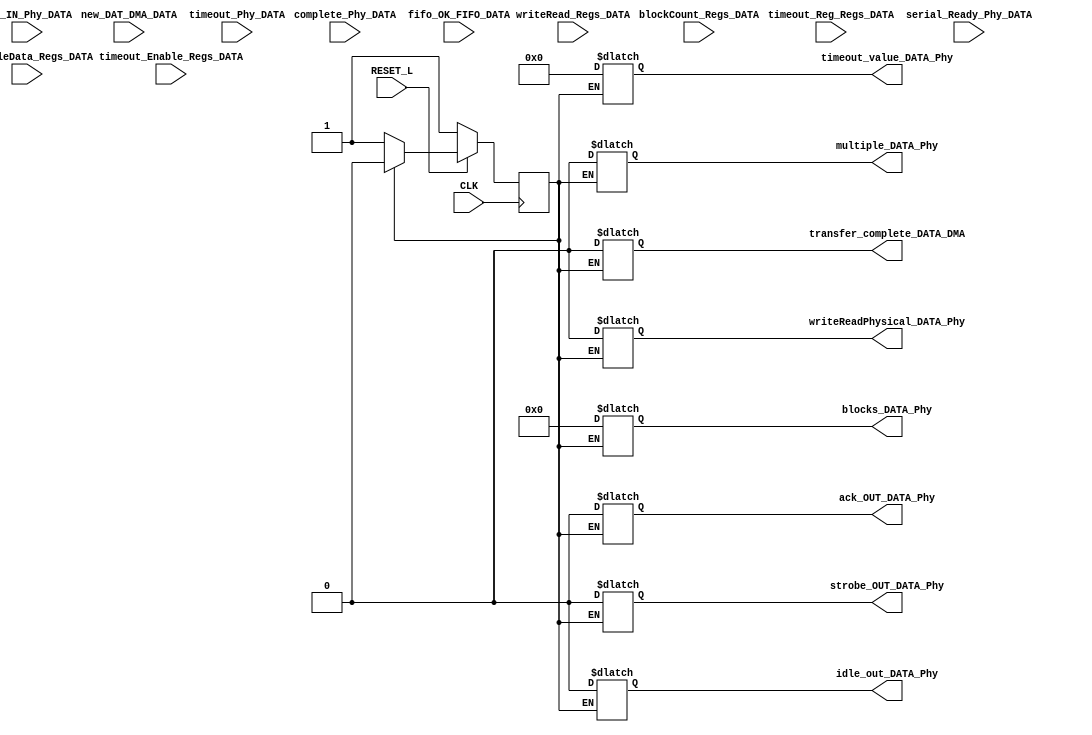
//-----------------------------------------------------
// Proyecto 1  : DISEO DE UN CONTROLADOR DE SD HOST
// Archivo     : DATA.v
// Descripcion : Control de datos del SD Host 
//  La funcin de este bloque es servir de interface entre los registros
//  la interfaz de DMA, y la capa fsica donde se pasan las tramas de bits
//  directamente.
//
// Grupo 02
// Estudiante  : Mario Castresana Avendao | A41267
//-----------------------------------------------------

/* PINOUT del mdulo*

Para nombrar seales se usa la convencin seal_procedencia_destino
_____________________________________________________________________________________
Nombre de Seal        : Entradas : Salidas : procedencia : destino

CLK                           x        -         Host          DATA
RESET_L                       x        -         Host          DATA
writeRead_Regs_DATA           x        -         Regs          DATA
blockCount_Regs_DATA [3:0]    x        -         Regs          DATA
multipleData_Regs_DATA        x        -         Regs          DATA        
timeout_Enable_Regs_DATA      x        -         Regs          DATA 
timeout_Reg_Regs_DATA [15:0]  x        -         Regs          DATA 
new_DAT_DMA_DATA              x        -         DMA           DATA 
serial_Ready_Phy_DATA         x        -         DATA_PHYSICAL DATA 
timeout_Phy_DATA              x        -         DATA_PHYSICAL DATA 
complete_Phy_DATA             x        -         DATA_PHYSICAL DATA 
ack_IN_Phy_DATA               x        -         DATA_PHYSICAL DATA 
fifo_OK_FIFO_DATA             x        -         FIFO          DATA 
transfer_complete_DATA_DMA    -        x         DATA          DMA 
strobe_OUT_DATA_Phy           -        x         DATA          DATA_PHYSICAL     
ack_OUT_DATA_Phy              -        x         DATA          DATA_PHYSICAL
blocks_DATA_Phy [3:0]         -        x         DATA          DATA_PHYSICAL
timeout_value_DATA_Phy [15:0] -        x         DATA          DATA_PHYSICAL
writeReadPhysical_DATA_Phy    -        x         DATA          DATA_PHYSICAL
multiple_DATA_Phy             -        x         DATA          DATA_PHYSICAL
idle_out_DATA_Phy             -        x         DATA          DATA_PHYSICAL

---
nota: DATA_PHYSICAL corresponde al mdulo que representa la capa fsica de este SD HOST.
*/

`timescale 1ns / 1ps




module DATA(
    input wire CLK,
    input wire RESET_L,
    input wire writeRead_Regs_DATA,
    input wire [3:0] blockCount_Regs_DATA,
    input wire multipleData_Regs_DATA,
    input wire timeout_Enable_Regs_DATA, 
    input wire [15:0] timeout_Reg_Regs_DATA, 
    input wire new_DAT_DMA_DATA,
    input wire serial_Ready_Phy_DATA, 
    input wire timeout_Phy_DATA, 
    input wire complete_Phy_DATA, 
    input wire ack_IN_Phy_DATA, 
    input wire fifo_OK_FIFO_DATA,
    output reg transfer_complete_DATA_DMA,
    output reg strobe_OUT_DATA_Phy,
    output reg ack_OUT_DATA_Phy,
    output reg [3:0] blocks_DATA_Phy,
    output reg [15:0] timeout_value_DATA_Phy,
    output reg writeReadPhysical_DATA_Phy,
    output reg multiple_DATA_Phy,
    output reg idle_out_DATA_Phy
);


//Definicin y condificacin de estados one-hot
parameter RESET                  = 6'b000001;
parameter IDLE                   = 6'b000010; 
parameter SETTING_OUTPUTS        = 6'b000100;
parameter CHECK_FIFO             = 6'b001000;
parameter TRANSMIT               = 6'b010000;
parameter ACK                    = 6'b100000;

reg STATE;
reg NEXT_STATE;

//NEXT_STATE logic (always_ff)
always @ (posedge CLK)
begin
    if (!RESET_L) 
        begin
        STATE <= RESET;
        end
    else
        begin
            STATE <= NEXT_STATE;
        end
end
//--------------------------------

//CURRENT_STATE logic (always comb)
always @ (*)
begin
    case (STATE)
        //------------------------------------------
        RESET:
            begin
            //ponga todas las salidas a 0
            transfer_complete_DATA_DMA = 0;
            strobe_OUT_DATA_Phy        = 0;
            ack_OUT_DATA_Phy           = 0;
            blocks_DATA_Phy            = 4'b0000;
            timeout_value_DATA_Phy     = 0;
            writeReadPhysical_DATA_Phy = 0;
            multiple_DATA_Phy          = 0;
            idle_out_DATA_Phy          = 0;
            //avanza automaticamente a IDLE
            NEXT_STATE = IDLE;
            end
        //------------------------------------------
        IDLE:
            begin
            //se afirma idle_out_DATA_Phy y se pasa a SETTING_OUTPUTS si new_DAT_DMA_DATA es 1
            idle_out_DATA_Phy = 1;

            if (new_DAT_DMA_DATA)
                begin
                    NEXT_STATE = SETTING_OUTPUTS;
                end
            else
                begin
                    NEXT_STATE = IDLE;
                end 
            end
        //------------------------------------------
        SETTING_OUTPUTS:
            begin
            //cambiar Salidas
            blocks_DATA_Phy = blockCount_Regs_DATA;
            timeout_value_DATA_Phy = timeout_Reg_Regs_DATA;
            writeReadPhysical_DATA_Phy = writeRead_Regs_DATA;
            multiple_DATA_Phy = multipleData_Regs_DATA;
            
            //revisar serial_Ready_Phy_DATA para pasar a revisar el buffer
            if (serial_Ready_Phy_DATA)
                begin
                    NEXT_STATE = CHECK_FIFO;
                end
            else
                begin
                    NEXT_STATE = SETTING_OUTPUTS;
                end
            end
        //------------------------------------------
        CHECK_FIFO:
            begin
            //salidas se mantienen igual que el estado anterior
            blocks_DATA_Phy = blockCount_Regs_DATA;
            timeout_value_DATA_Phy = timeout_Reg_Regs_DATA;
            writeReadPhysical_DATA_Phy = writeRead_Regs_DATA;
            multiple_DATA_Phy = multipleData_Regs_DATA;

            // revisar fifo_OK_FIFO_DATA
            if (fifo_OK_FIFO_DATA)
                begin
                    NEXT_STATE = TRANSMIT;
                end
            else
                begin
                    NEXT_STATE = CHECK_FIFO;
                end
            end
        //------------------------------------------
        TRANSMIT:
            begin
            //afirma la seal strobe_OUT_DATA_Phy
            strobe_OUT_DATA_Phy = 1;
            // se espera a que termine la transmisin de la capa fsica, lo cual
            // se indica con la seal complete_Phy_DATA = 1
            if (complete_Phy_DATA)
                begin
                    NEXT_STATE = ACK;
                end
            else
                begin
                    NEXT_STATE = TRANSMIT;
                end
            end
        //-------------------------------------------
        ACK:
            begin
            //afirmar ack_OUT_DATA_Phy
            ack_OUT_DATA_Phy = 1;
            // si la capa fsica me confirma el acknowledge, contino a IDLE
            if (ack_IN_Phy_DATA)
                begin
                    NEXT_STATE = IDLE;
                end
            else
                begin
                    NEXT_STATE = ACK;
                end
            end 
        default:
            begin
            NEXT_STATE = RESET;
            end 
    endcase
end //always
//-----------------------------------

endmodule // DATA